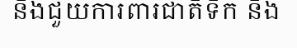
នឹងជួយការពារជាតិទឹក និង